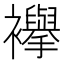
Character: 襷